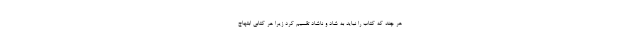
هر چند که کتاب را نباید به شاد و ناشاد تقسیم کرد زیرا هر کتابی ابتهاج